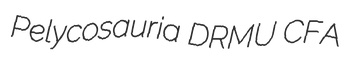
Pelycosauria DRMU CFA